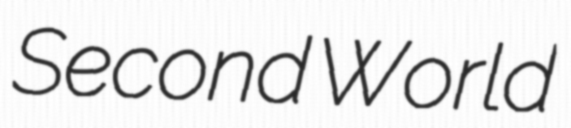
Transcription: Second World